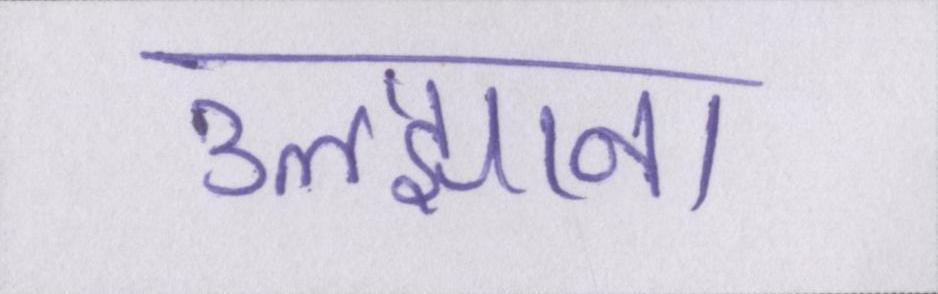
उलझाना